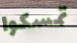
تمسكوا